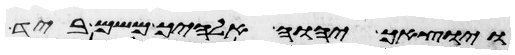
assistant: ויוציאך יהוה אלהיך משם ביד